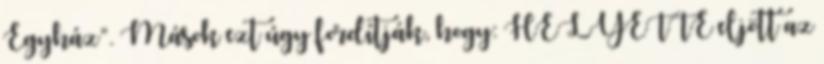
Egyház”. Mások ezt úgy fordítják, hogy: HELYETTE eljött az